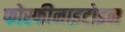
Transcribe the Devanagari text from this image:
फोस्फीनाइटोइन